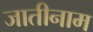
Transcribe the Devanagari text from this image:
जातीनाम